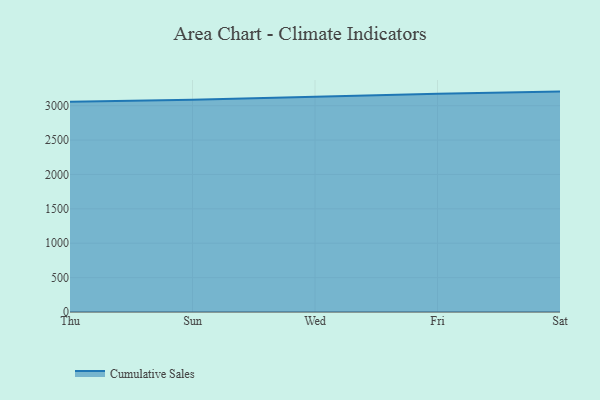
{"axis": {"x": "Day", "y": "Temperature (°C)"}, "legend": ["Cumulative Sales"], "data": [{"x": "Thu", "y": 3056.5, "type": "Cumulative Sales"}, {"x": "Sun", "y": 3084.7, "type": "Cumulative Sales"}, {"x": "Wed", "y": 3128.6, "type": "Cumulative Sales"}, {"x": "Fri", "y": 3172.9, "type": "Cumulative Sales"}, {"x": "Sat", "y": 3204.8, "type": "Cumulative Sales"}]}